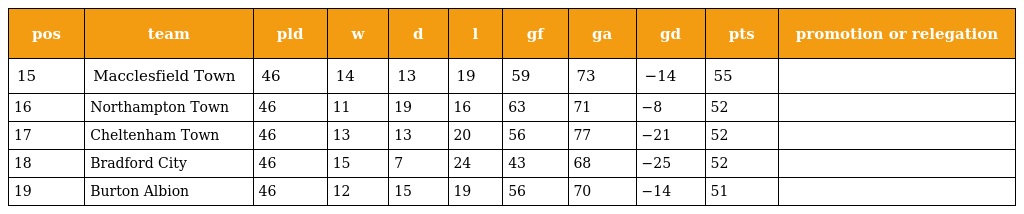
| pos | team | pld | w | d | l | gf | ga | gd | pts | promotion or relegation |
 | --- | --- | --- | --- | --- | --- | --- | --- | --- | --- | --- |
 | 15 | Macclesfield Town | 46 | 14 | 13 | 19 | 59 | 73 | −14 | 55 |  |
 | 16 | Northampton Town | 46 | 11 | 19 | 16 | 63 | 71 | −8 | 52 |  |
 | 17 | Cheltenham Town | 46 | 13 | 13 | 20 | 56 | 77 | −21 | 52 |  |
 | 18 | Bradford City | 46 | 15 | 7 | 24 | 43 | 68 | −25 | 52 |  |
 | 19 | Burton Albion | 46 | 12 | 15 | 19 | 56 | 70 | −14 | 51 |  |